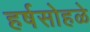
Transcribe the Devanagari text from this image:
हर्षसोहळे